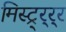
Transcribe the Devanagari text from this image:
मिस्ट्र्र्र्र